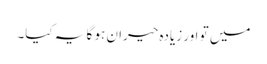
میں تو اور زیادہ حیران ہو گا یہ کیا۔